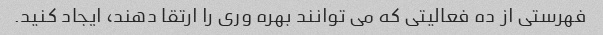
فهرستی از ده فعالیتی که می توانند بهره وری را ارتقا دهند، ایجاد کنید.